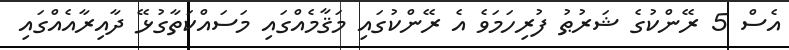
އެސް 5 ރޭންކުގެ ޝަރުޠު ފުރިހަމަވެ އެ ރޭންކުގައި މަޤާމެއްގައި މަސައްކަތާގުޅޭ ދާއިރާއެއްގައި